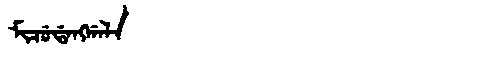
Manchu: ᠮᡳᠴᡠᡩᠠᠩᡤᠠᠯᠠ
Romanization: MICUDANGGALA